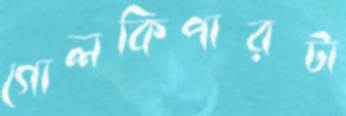
গোলকিপারটা